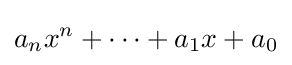
a_{n}x^{n}+\dots +a_{1}x+a_{0}